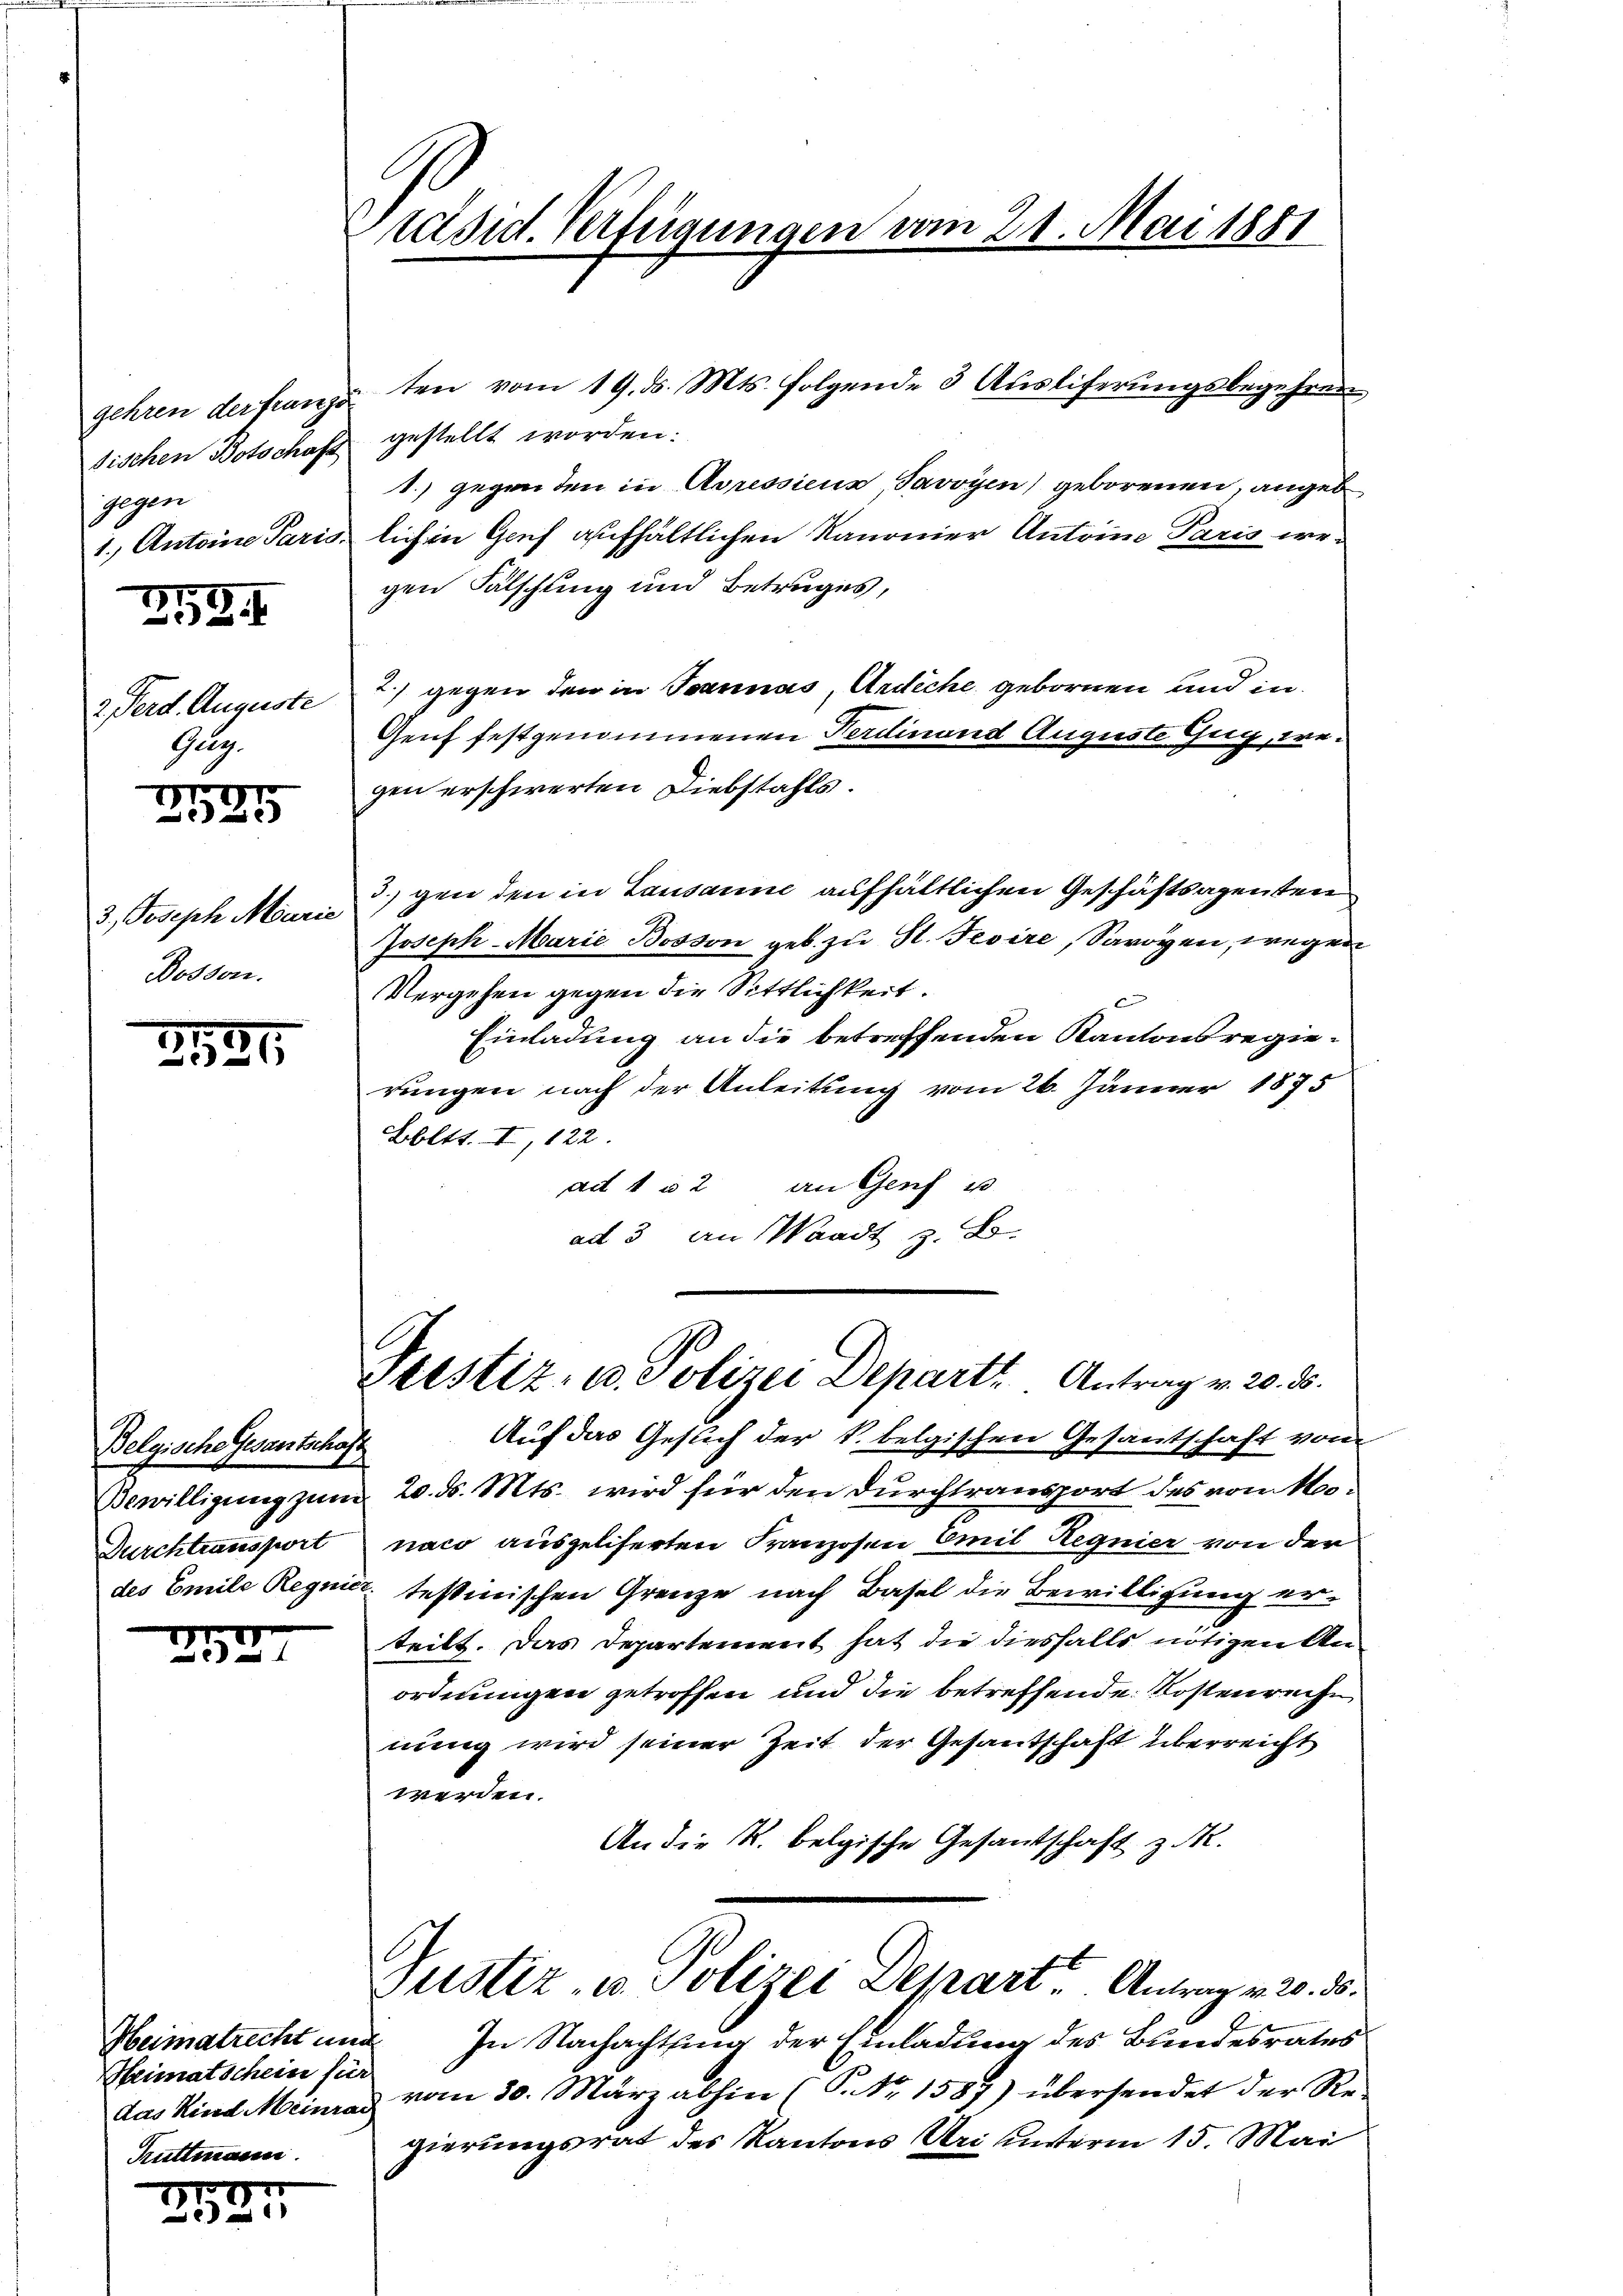
gehren der franza
gegen

273. 4

Gug.

I
325

3, Joseph Marie
Dosson.

2121

Belgische Gesantschaft
Bewilligung zum
Durchtransport
des Emile Regnie.

e
e

Heimatrecht und
Heimatschein für
das Kind Meinrac
Truttmann.

291.

Präsid. Verfügungen vom 21. Mai 1881

ten vom 19. ds. Mts. folgende 3 Auslieferungsbegehren
sischen Botschaft gestellt worden:
1.) gegenden in Adressiens Savoyen) geborenen, angeb
1. Antoine Paris, lich in Genf aufhältlichen Kanonier Antoine Paris wegen Fälschung und Betruges,
2. Ferd. Auguste 2) gegen den in Joannas, Ardiche gebornen und in
Genf festgenommenen Ferdinand Auguste Guig, wegen erschwerten Diebstahls.
3. gen den in Lausanne aufhältlichen Geschäftsagenten
Joseph-Marie Bosson geb. zu St. Jesire, Savoyen, wegen
Vergehen gegen die Sittlichkeit.
Einladung an die betreffenden Kantonsregierungen nach der Anleitung vom 26. Jänner 1875
Bbltt. II, 122.
ad 1 u 2 an Genf u
ad 3 an Waadt z. B.

xtestiz- u. Polizei Departs Antrag v. 20. d.

Auf das Gesuch der S. belgischen Gesantschaft vom
20. d. Mts. wird für den Durchtransport des von M.
naco ausgeliferten Franzosen Emil Hegnier von der
 testinischen Grenze nach Basel die Bewilligung erteilt. Das Departement hat die diesfalls nötigen Anordnungen getroffen und die betreffende Kostenreche
nung wird seiner Zeit der Gesandschaft überreicht
werden.
An die K. belgische Gesandschaft z. R.
Justiz- u Polizei Depart Antrag v. 20. 8.
In Nachachtung der Einladung des Bundesrates
vom 10. März abhin (P. Nr. 1587) übersendet der Re-
gierungsrat des Kantons Uri unterm 15. Mai